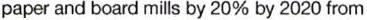
paper and board mills by 20% by 2020 from